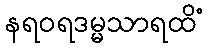
နရဝရဒမ္မသာရထိံ